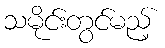
သမိုင်းတွင်မည့်